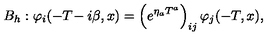
B _ { h } : \varphi _ { i } ( - T \! - i \beta , x ) = \left( e ^ { \eta _ { a } T ^ { a } } \right) _ { i j } \varphi _ { j } ( - T , x ) ,